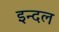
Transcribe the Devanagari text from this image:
इन्दल